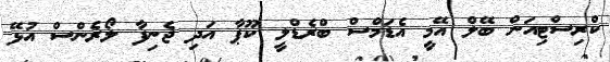
ކްރިސްޓިއަން ބޭލް އޭމީ އެޑަމްސް ބްރެޑްލީ ކޫޕާ އަދި ޖެނިފާ ލޯރެންސް އުޅޭ